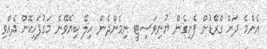
އެންމެ ދަށް ގްރޭޑުން ފެށިގެން ޔުނިވަސިޓީ ނިމެންދެން ހިލޭ ކިޔެވޭނެ މަގުފަހިކޮށް ދެއްވި